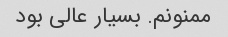
ممنونم. بسیار عالی بود